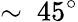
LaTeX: \sim~45^{\circ}